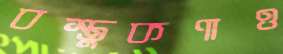
বস্তুকণাও